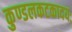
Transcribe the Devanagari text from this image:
कुण्डलकटकादयः